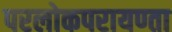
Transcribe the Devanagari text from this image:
परलोकपरायण्ता